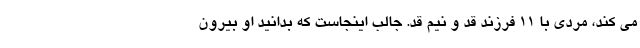
می کند، مردی با 11 فرزند قد و نیم قد. جالب اینجاست که بدانید او بیرون